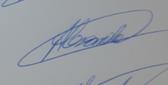
Signature authenticity: genuine